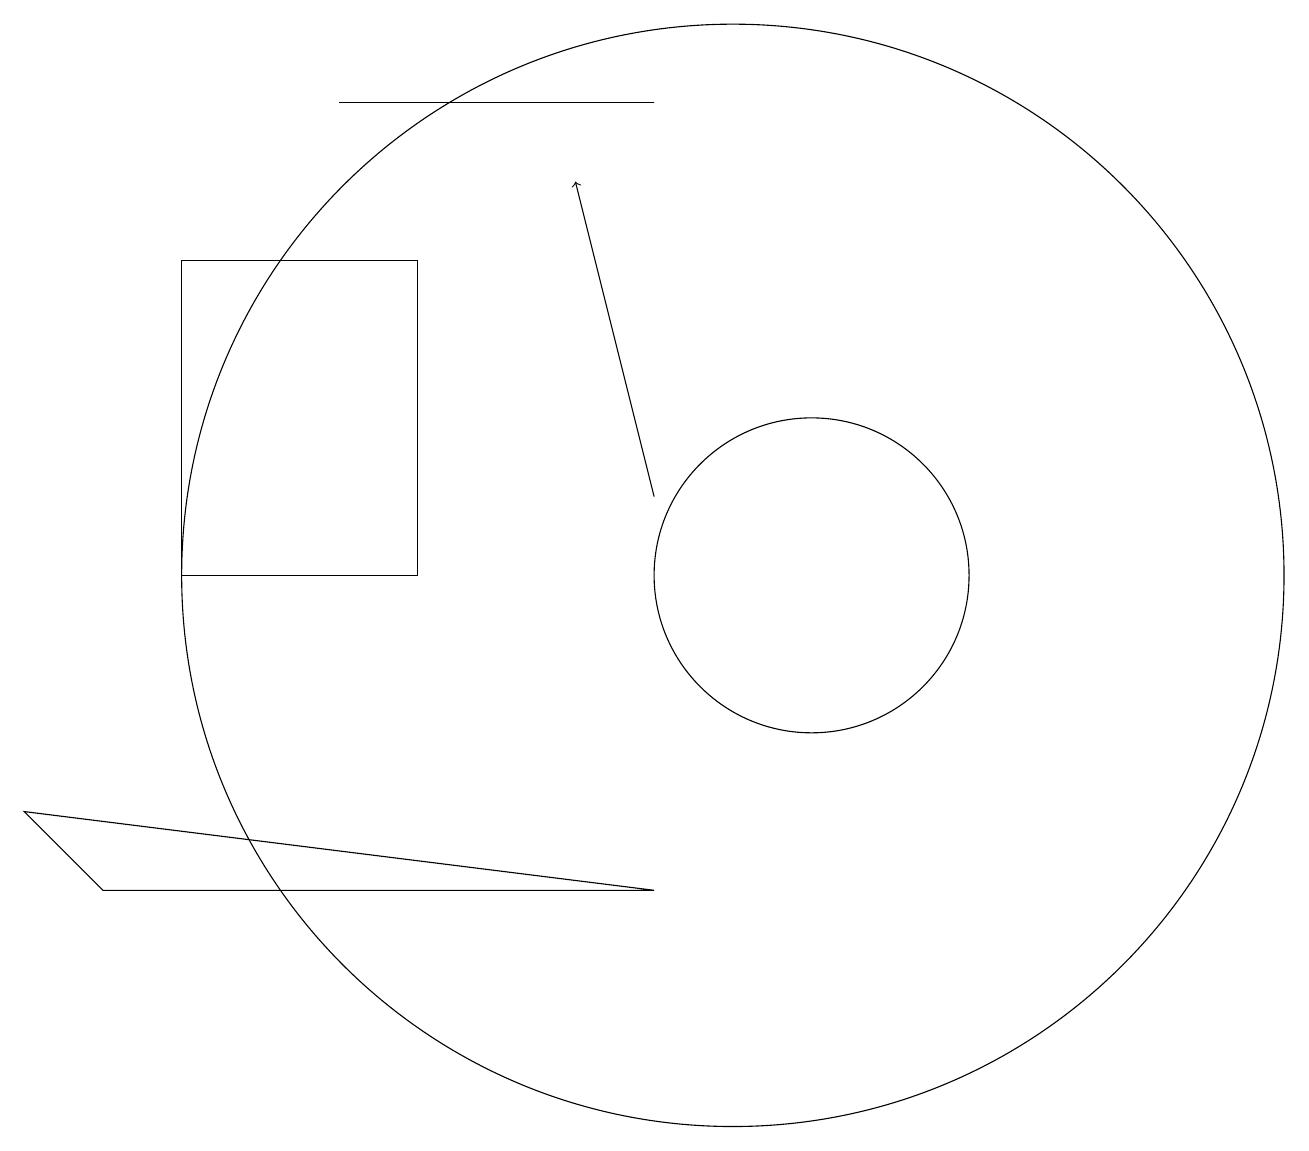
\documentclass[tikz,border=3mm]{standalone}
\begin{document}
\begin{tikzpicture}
\draw (9,16) rectangle (5,16);
\draw (11,10) circle (0);
\draw (3,10) rectangle (6,14);
\draw (2,6) -- (9,6) -- (1,7) -- cycle;
\draw[->] (9,11) -- (8,15);
\draw (10,10) circle (7);
\draw (11,10) circle (2);
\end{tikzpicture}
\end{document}